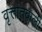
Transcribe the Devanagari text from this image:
वृत्तांतवाली